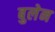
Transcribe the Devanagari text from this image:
बुलेन